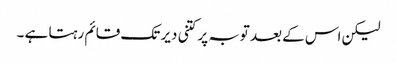
لیکن اس کے بعد توبہ پر کتنی دیر تک قائم رہتا ہے ۔